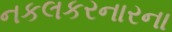
નકલકરનારના